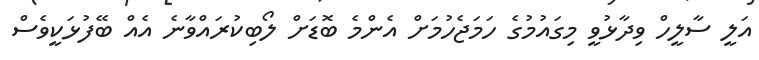
އަލީ ސާލީހް ވިދާޅުވީ މިގައުމުގެ ހަމަޖެހުމަށް އެންމެ ބޮޑަށް ލޯބިކުރައްވާނެ އެއް ބޭފުޅަކީވެސް